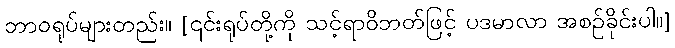
ဘာဝရုပ်များတည်း။ [၎င်းရုပ်တို့ကို သင့်ရာဝိဘတ်ဖြင့် ပဒမာလာ အစဉ်ခိုင်းပါ။]